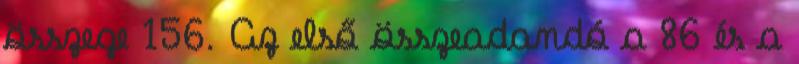
összege 156. Az első összeadandó a 86 és a